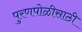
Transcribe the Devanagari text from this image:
पुरणपोळीसाठी